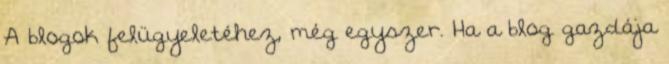
A blogok felügyeletéhez, még egyszer. Ha a blog gazdája